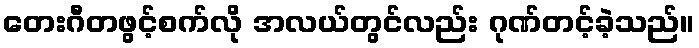
တေးဂီတဖွင့်စက်လို အလယ်တွင်လည်း ဂုဏ်တင့်ခဲ့သည်။